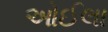
ઓઈલા